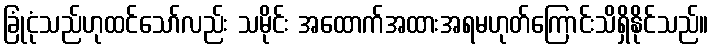
ခြုံငုံသည်ဟုထင်သော်လည်း သမိုင်း အထောက်အထားအရမဟုတ်ကြောင်းသိရှိနိုင်သည်။